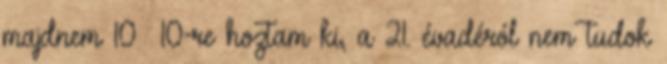
majdnem 10 10-re hoztam ki, a 21. évadéról nem tudok